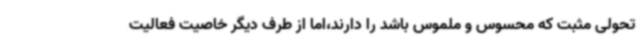
تحولی مثبت که محسوس و ملموس باشد را دارند،اما از طرف دیگر خاصیت فعالیت